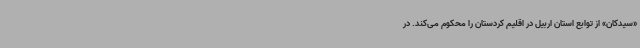
«سیدکان» از توابع استان اربیل در اقلیم کردستان را محکوم می‌کند. در